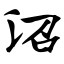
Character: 沼